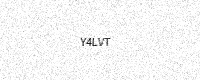
Text: Y4LVT